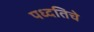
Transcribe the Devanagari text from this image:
पध्दतिचे